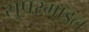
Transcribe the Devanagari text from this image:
सुपरमाडल